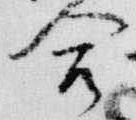
合